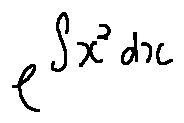
e ^ { \int x ^ { 2 } d x }